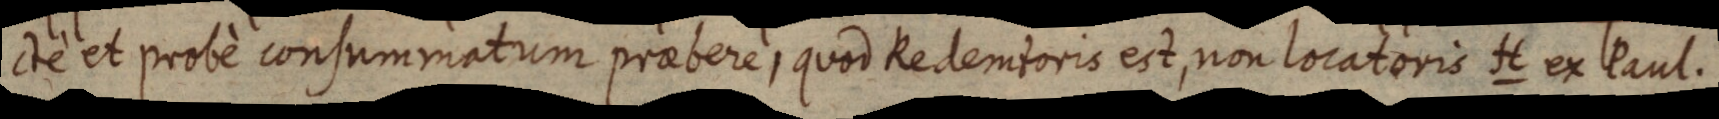
ctè et probè consummatum praebere, quod Redemtoris est, non locatoris H ex Paul.